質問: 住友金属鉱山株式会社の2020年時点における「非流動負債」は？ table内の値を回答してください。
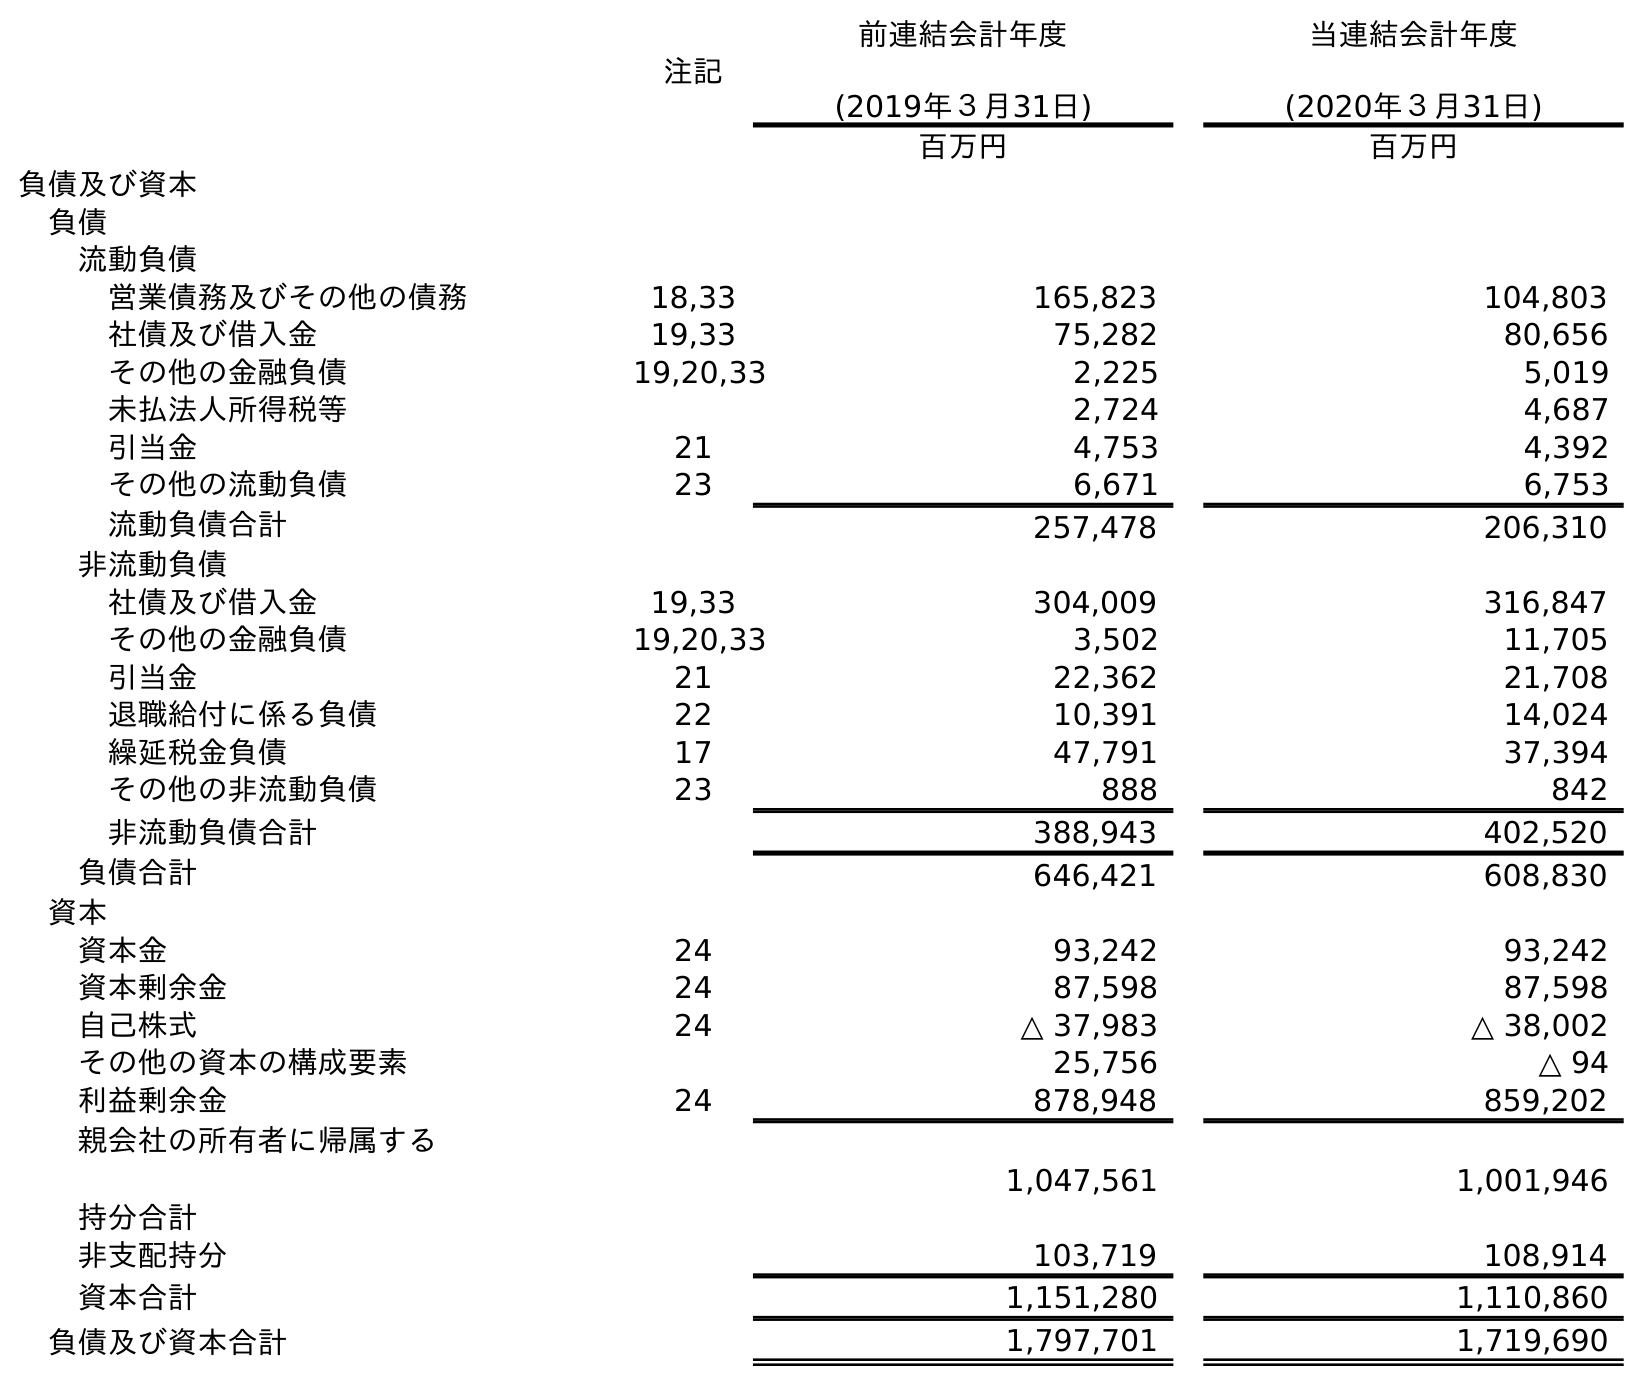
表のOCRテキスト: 注記 前連結会計年度 (2019年３月31日) 当連結会計年度 (2020年３月31日) 百万円 百万円 負債及び資本 負債 流動負債 営業債務及びその他の債務 18,33 165,823 104,803 社債及び借入金 19,33 75,282 80,656 その他の金融負債 19,20,33 2,225 5,019 未払法人所得税等 2,724 4,687 引当金 21 4,753 4,392 その他の流動負債 23 6,671 6,753 流動負債合計 257,478 206,310 非流動負債 社債及び借入金 19,33 304,009 316,847 その他の金融負債 19,20,33 3,502 11,705 引当金 21 22,362 21,708 退職給付に係る負債 22 10,391 14,024 繰延税金負債 17 47,791 37,394 その他の非流動負債 23 888 842 非流動負債合計 388,943 402,520 負債合計 646,421 608,830 資本 資本金 24 93,242 93,242 資本剰余金 24 87,598 87,598 自己株式 24 △ 37,983 △ 38,002 その他の資本の構成要素 25,756 △ 94 利益剰余金 24 878,948 859,202 親会社の所有者に帰属する 持分合計 1,047,561 1,001,946 非支配持分 103,719 108,914 資本合計 1,151,280 1,110,860 負債及び資本合計 1,797,701 1,719,690
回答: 402,520